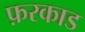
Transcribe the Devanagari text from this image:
फ़रकाड